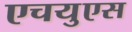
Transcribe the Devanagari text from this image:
एचयुएस